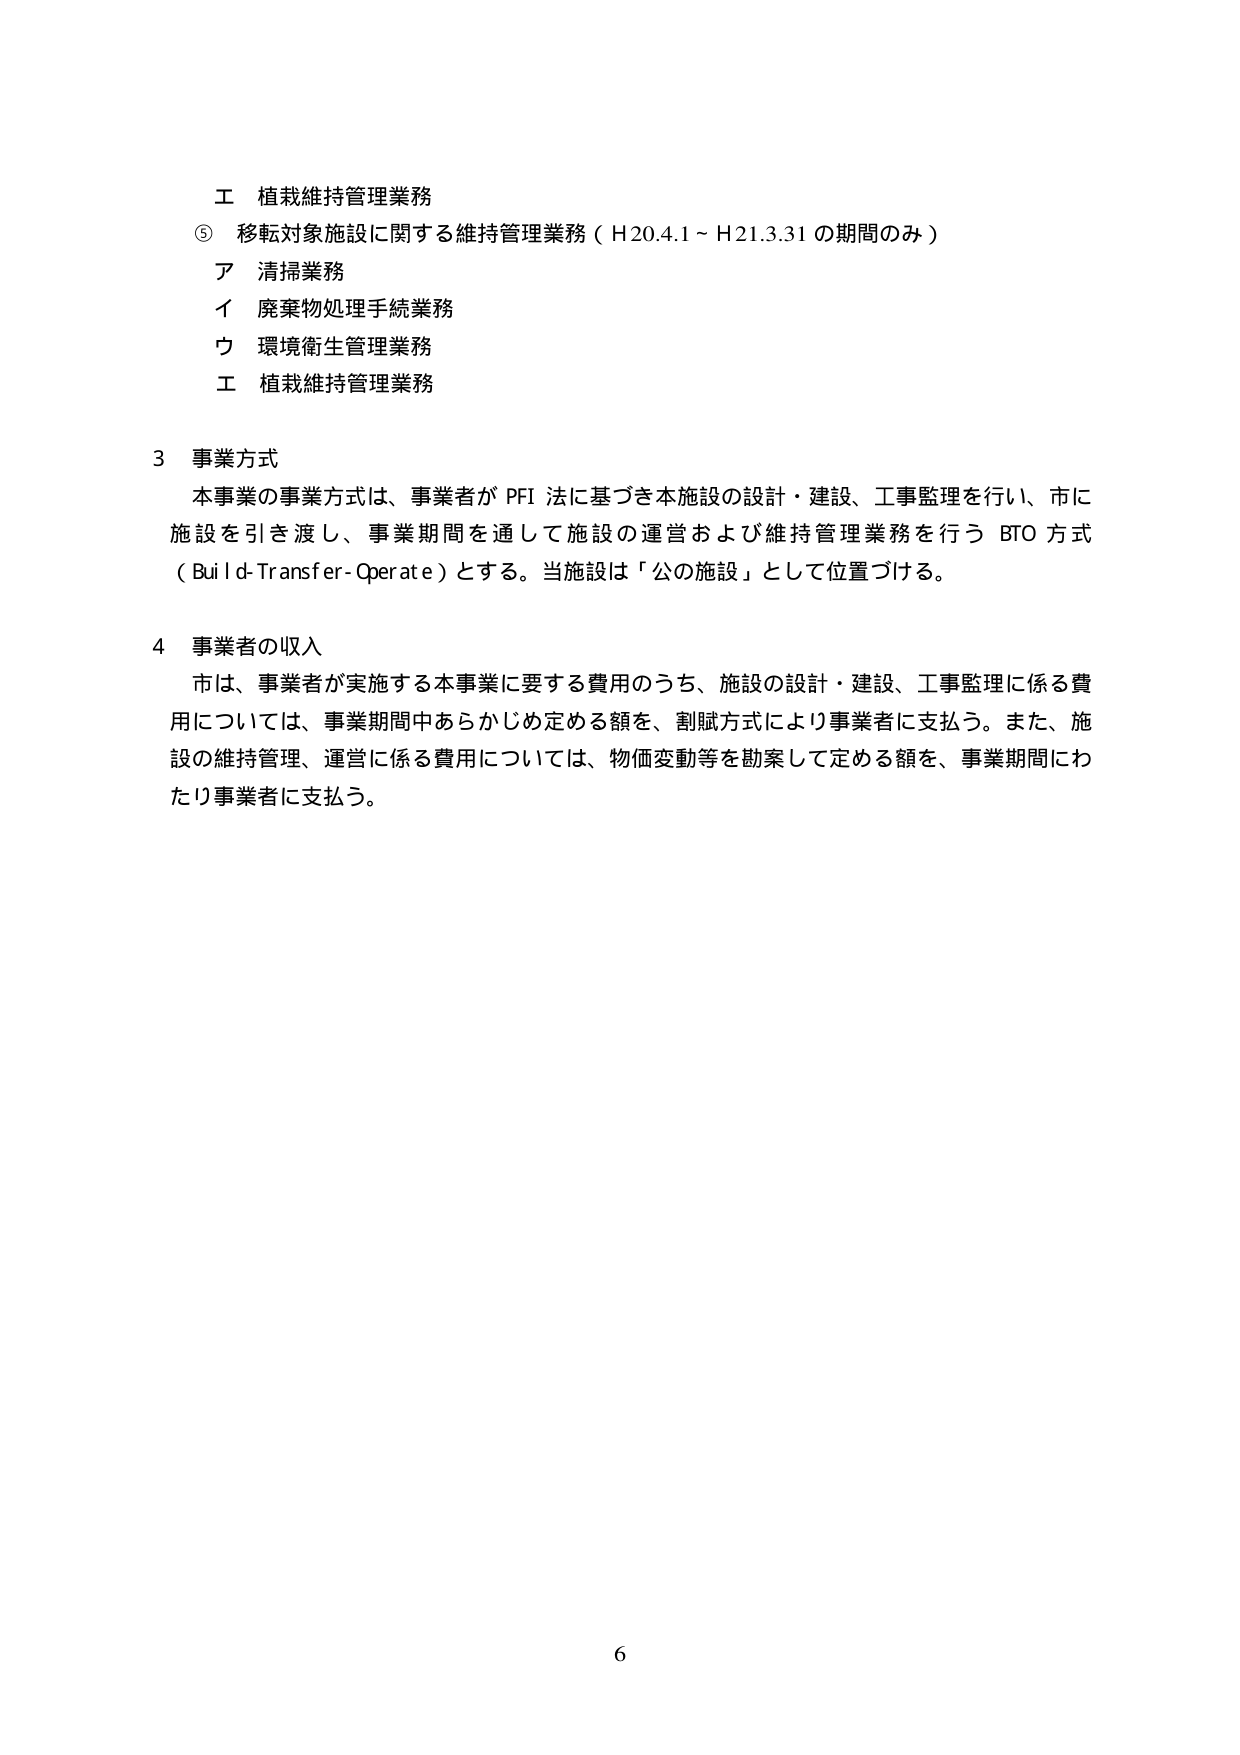
工 植栽維持管理業務
⑤ 移転対象施設に関する維持管理業務（H20.4.1～H21.3.31の期間のみ）
ア 清掃業務
イ 廃棄物処理手続業務
ウ 環境衛生管理業務
工 植栽維持管理業務

3 事業方式
本事業の事業方式は、事業者がPFI法に基づき本施設の設計・建設、工事監理を行い、市に施設を引き渡し、事業期間を通じて施設の運営および維持管理業務を行うBTO方式（Build-Transfer-Operate）とする。当施設は「公の施設」として位置づける。

4 事業者の収入
市は、事業者が実施する本事業に要する費用のうち、施設の設計・建設、工事監理に係る費用については、事業期間中あらかじめ定める額を、割賦方式により事業者に支払う。また、施設の維持管理、運営に係る費用については、物価変動等を勘案して定める額を、事業期間にわたり事業者に支払う。

6